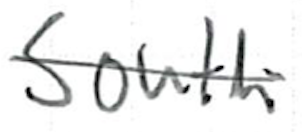
Text: South
Cross-out: single-line
Writing tool: ballpoint